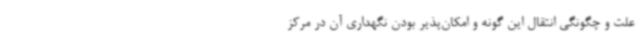
علت و چگونگی انتقال این گونه و امکان‌پذیر بودن نگهداری آن در مرکز